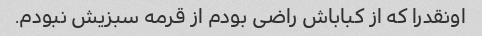
اونقدرا که از کباباش راضی بودم از قرمه سبزیش نبودم.